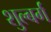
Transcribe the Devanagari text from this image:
शुल्बर्ग